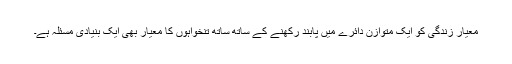
معیار زندگی کو ایک متوازن دائرے میں پابند رکھنے کے ساتھ ساتھ تنخواہوں کا معیار بھی ایک بنیادی مسئلہ ہے۔